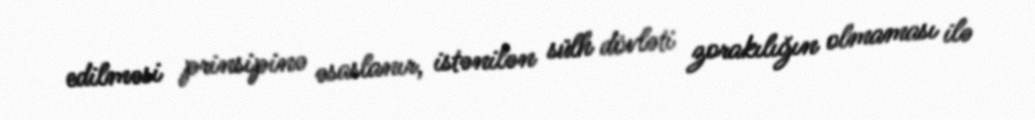
edilməsi prinsipinə əsaslanır, istənilən sülh dövləti zorakılığın olmaması ilə